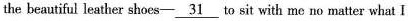
the beautiful leather shoes —\underline{31} to sit with me no matter what I